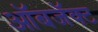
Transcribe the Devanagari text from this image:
ऑबजॅक्ट